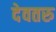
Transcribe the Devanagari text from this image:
देवतरु